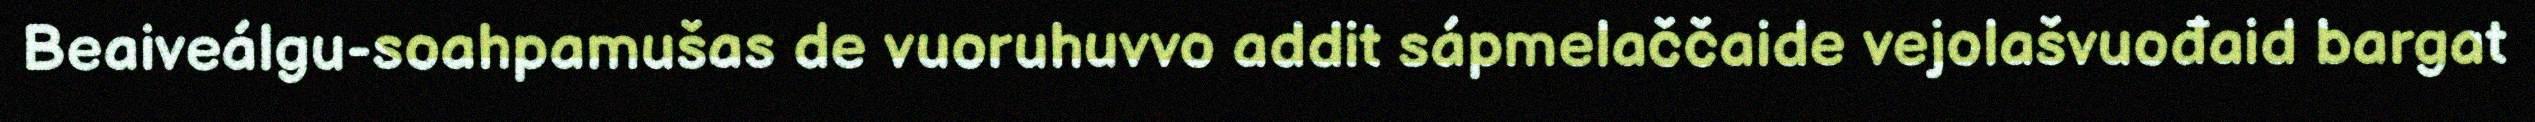
Beaiveálgu-soahpamušas de vuoruhuvvo addit sápmelaččaide vejolašvuođaid bargat